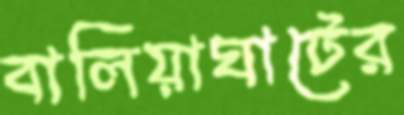
বালিয়াঘাটের